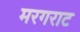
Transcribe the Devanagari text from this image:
मरगराट